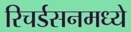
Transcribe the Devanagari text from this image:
रिचर्डसनमध्ये